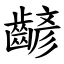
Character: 齴